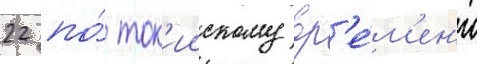
22 по́ ток'иискому вр'е́м'ен'и